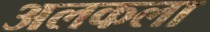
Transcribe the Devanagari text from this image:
अलकला